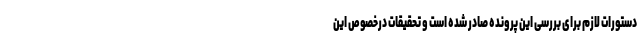
دستورات لازم برای بررسی این پرونده صادر شده است و تحقیقات درخصوص این